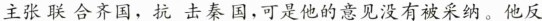
主张联合齐国，抗击秦国，可是他的意见没有被采纳。他反